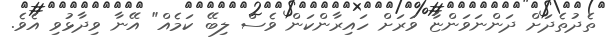
ތެދުތެދަށް ދަންނަވަންޏާ ވަރަށް ހައިރާންކަން ވެސް ލިބޭ ކަމެއް" އޭނާ ވިދާޅުވި އެވެ.